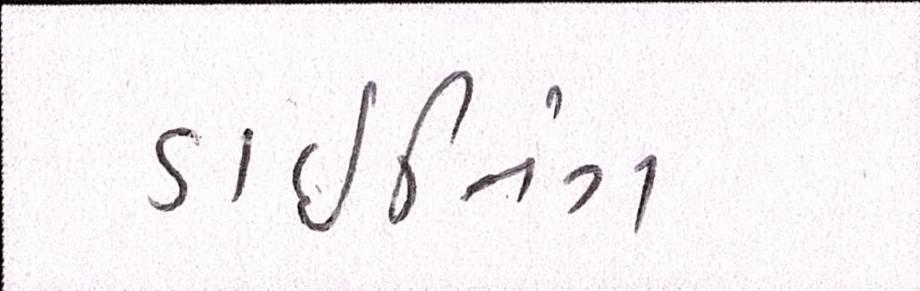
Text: ડાઈનિંગ